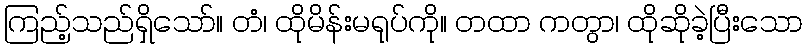
ကြည့်သည်ရှိသော်။ တံ၊ ထိုမိန်းမရုပ်ကို။ တထာ ကတွာ၊ ထိုဆိုခဲ့ပြီးသော